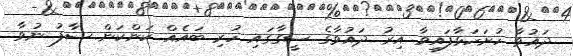
ދައުވާ ހުށަހަޅާފައިވާ އިރު ދައުވާގެ ސީގާގައި ހުރި ބައެއް ކަންކަން ސާފު ނުވާ